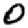
Digit: 0